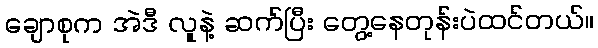
ချောစုက အဲဒီ လူနဲ့ ဆက်ပြီး တွေ့နေတုန်းပဲထင်တယ်။